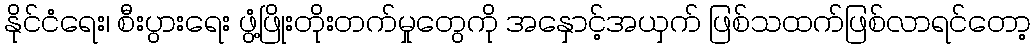
နိုင်ငံရေး၊ စီးပွားရေး ဖွံ့ဖြိုးတိုးတက်မှုတွေကို အနှောင့်အယှက် ဖြစ်သထက်ဖြစ်လာရင်တော့